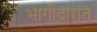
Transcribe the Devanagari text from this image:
भागीदारांत